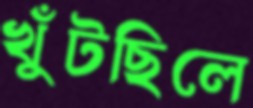
খুঁটছিলে